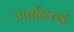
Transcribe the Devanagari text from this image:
उषानिरुद्धं